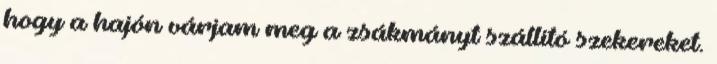
hogy a hajón várjam meg a zsákmányt szállító szekereket.